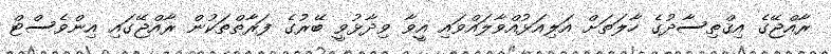
ރާއްޖޭގެ އިޤްތިސާދުގެ ހާލަތަށް އަލިއަޅުއްވާލައްވައި އީވާ ވިދާޅުވީ ބޭރުގެ ފަރާތްތަކުން ރާއްޖޭގައި އިންވެސްޓް